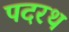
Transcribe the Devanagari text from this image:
पदरथ